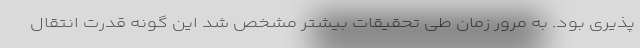
پذیری بود. به مرور زمان طی تحقیقات بیشتر مشخص شد این گونه قدرت انتقال